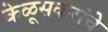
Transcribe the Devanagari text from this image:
केळूसकरांचे